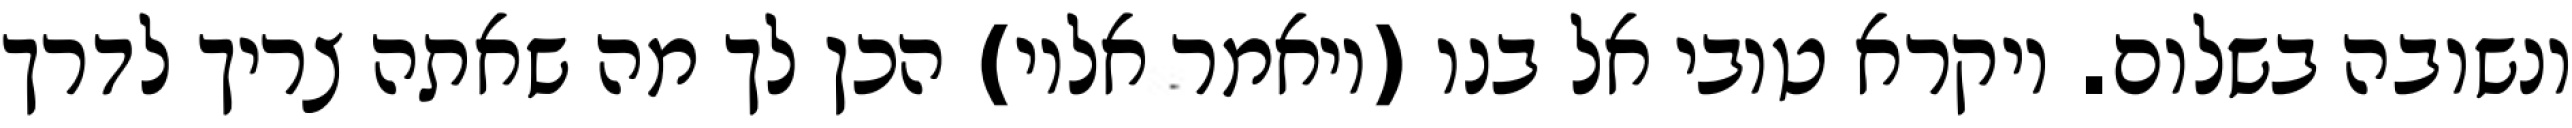
ונשובה בשלום. ויקרא טובי אל בנו (ויאמר אליו) הכן לך מה שאתה צריך לדרך